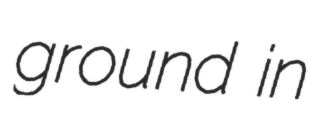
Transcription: ground in